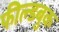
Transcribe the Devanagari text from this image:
फील्डबुक